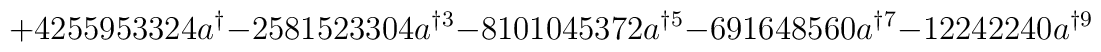
+4255953324a^{\dag }-2581523304a^{\dag 3}-8101045372a^{\dag 5}-691648560a^{\dag 7}-12242240a^{\dag 9}